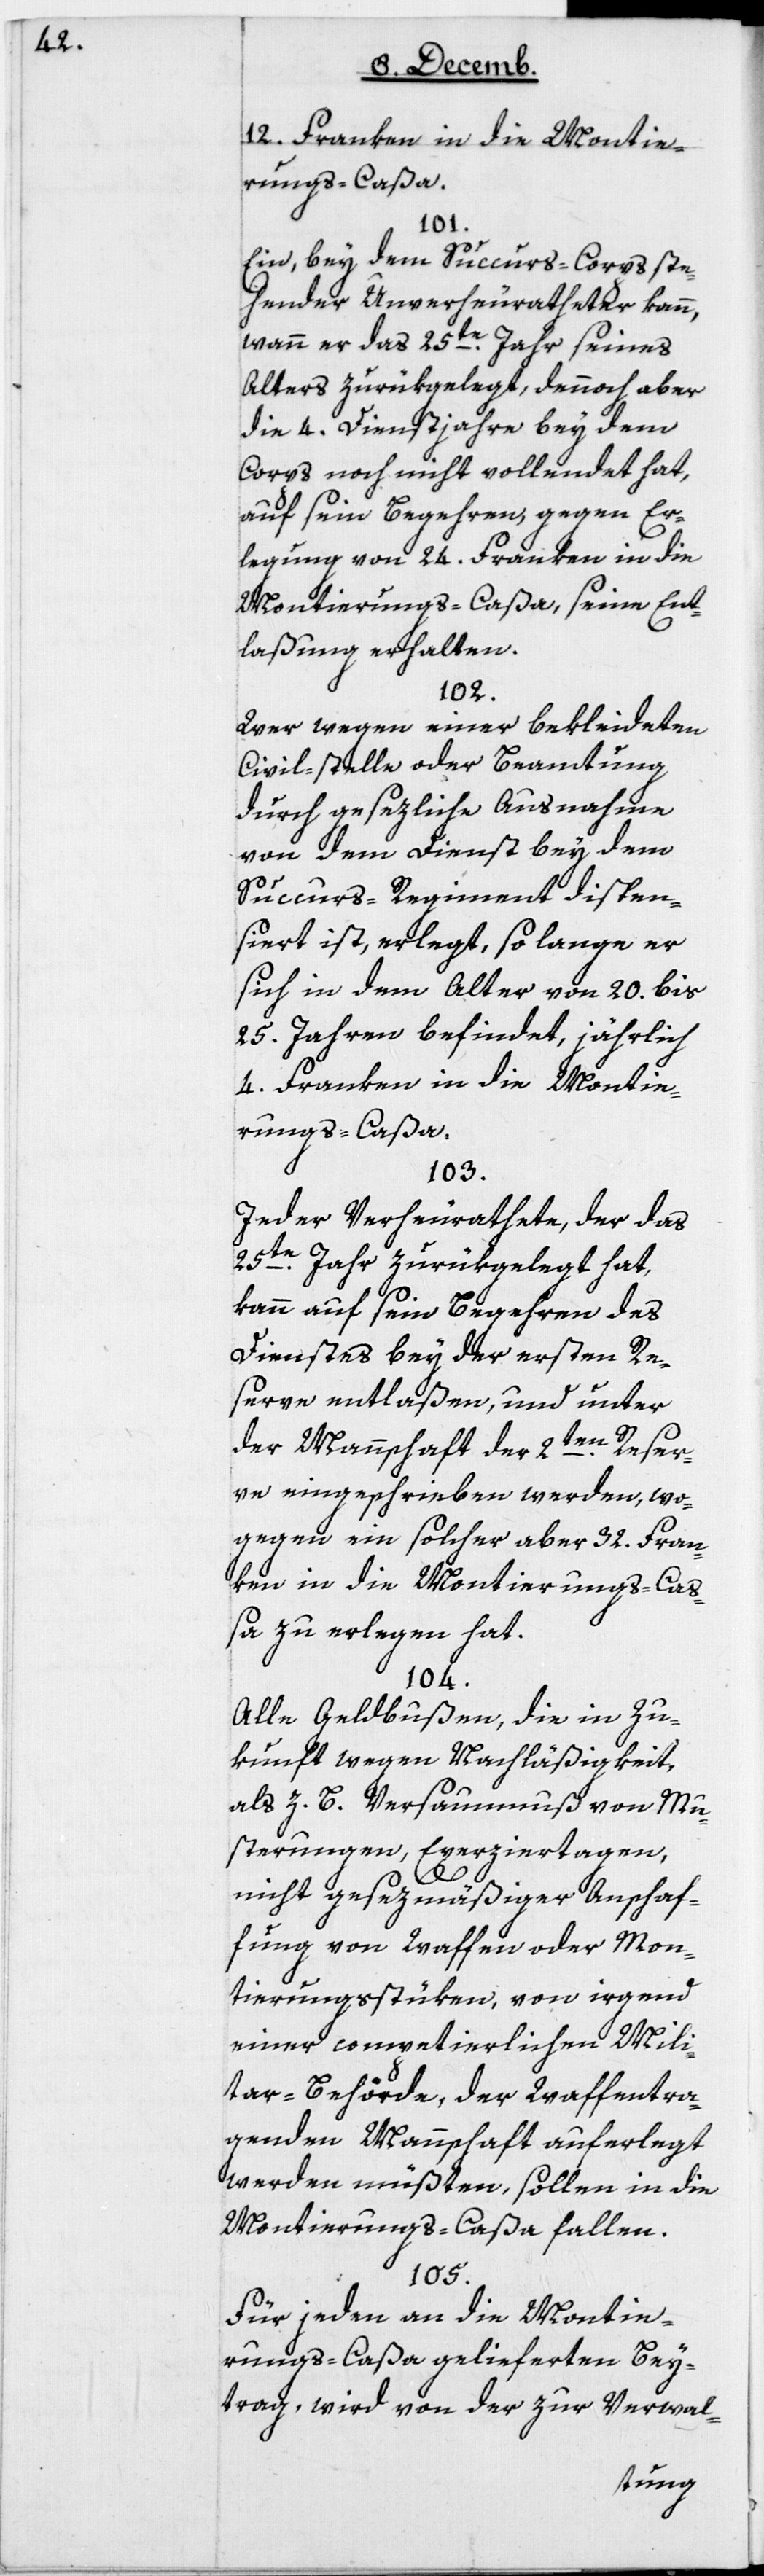
12 Franken in die Montie¬
rungs-Caßa.
101.
Ein, bey dem Succurs-Corps ste¬
hender Unverheuratheter kann,
wann er das 25te Jahr seines
Alters zurükgelegt, dennoch aber
die 4 Dienstjahre bey dem
Corps noch nicht vollendet hat,
auf sein Begehren gegen Er¬
legung von 24 Franken in die
Montierungs-Caßa, seine Ent¬
laßung erhalten.
102.
Wer wegen einer bekleydeten
Civil-stelle oder Beamtung
durch gesezliche Ausnahme
von dem Dienst bey dem
Succurs-Regiment dispen¬
siert ist, erlegt, so lange er
sich in dem Alter von 20 bis
25 Jahren befindet, jährlich
4 Franken in die Montie¬
rungs-Caßa.
103.
Jeder Verheurathete, der das
25te Jahr zurükgelegt hat,
kann auf sein Begehren des
Dienstes bey der ersten Re¬
serve entlaßen, und unter
der Mannschaft der 2ten Reser¬
ve eingeschrieben werden, wo¬
gegen ein solcher aber 32 Fran¬
ken in die Montierungs-Ca¬
ßa zu erlegen hat.
104.
Alle Geldbußen, die in Zu¬
kunft wegen Nachläßigkeit,
als z.B. Versaumnuß von Mu¬
sterungen, Exerziertagen,
nicht gesezmäßiger Anschaf¬
fung von Waffen oder Mon¬
tierungsstüken, von irgend
einer competierlichen Mili¬
tarbehörde, der waffentra¬
genden Mannschaft auferlegt
werden müßten, sollen in die
Montierungs-Caßa fallen.
105.
Für jeden an die Montie¬
rungs-Caßa gelieferten Bey¬
trag, wird von der zur Verwal-